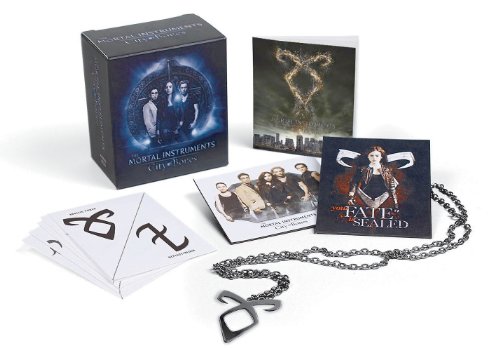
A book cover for The Mortal Instruments: City of Bones (Mortal Instruments (Promotional Items)); Teen & Young Adult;